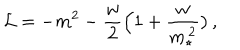
LaTeX: { \cal L } = - m ^ { 2 } - { \frac { w } { 2 } } \Big ( 1 + { \frac { w } { m _ { \star } ^ { \, 2 } } } \big ) \, ,